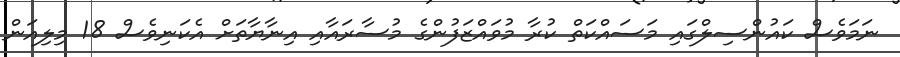
ނަމަވެސް ކައުންސިލްގައި މަސައްކަތް ކުރާ މުވައްޒަފުންގެ މުސާރައާއި އިނާޔާތަށް އެކަނިވެސް 18 މިލިއަން